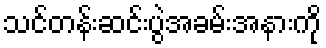
သင်တန်းဆင်းပွဲအခမ်းအနားကို